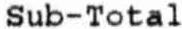
SUB-TOTAL